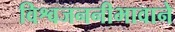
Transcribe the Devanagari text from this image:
विश्वजननीभावाने